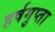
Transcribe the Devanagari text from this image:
हर्षगुप्ता